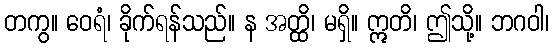
တကွ။ ဝေရံ၊ ခိုက်ရန်သည်။ န အတ္ထိ၊ မရှိ။ ဣတိ၊ ဤသို့။ ဘဂဝါ၊